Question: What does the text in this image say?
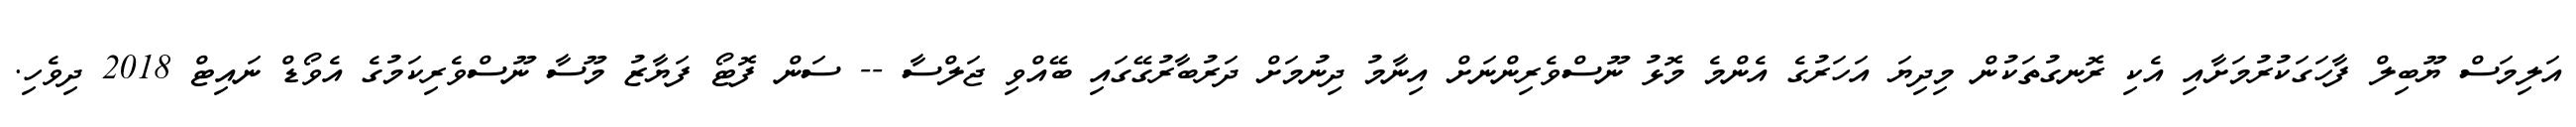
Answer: އަލިމަސް ޔޫބިލް ފާހަގަކުރުމަށާއި އެކި ރޮނގުތަކުން މިދިޔަ އަހަރުގެ އެންމެ މޮޅު ނޫސްވެރިންނަށް އިނާމު ދިނުމަށް ދަރުބާރުގޭގައި ބޭއްވި ޖަލްސާ -- ސަން ފޮޓޯ ފަޔާޒު މޫސާ ނޫސްވެރިކަމުގެ އެވޯޑް ނައިޓް 2018 ދިވެހި.